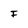
Character: F